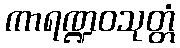
ကာရဏ္ဍဝသုတ္တံ